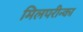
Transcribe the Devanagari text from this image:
मिलपरीन्का